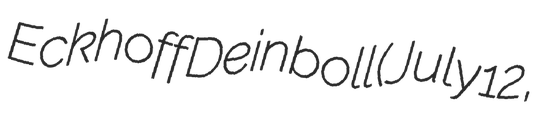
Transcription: Eckhoff Deinboll (July 12,